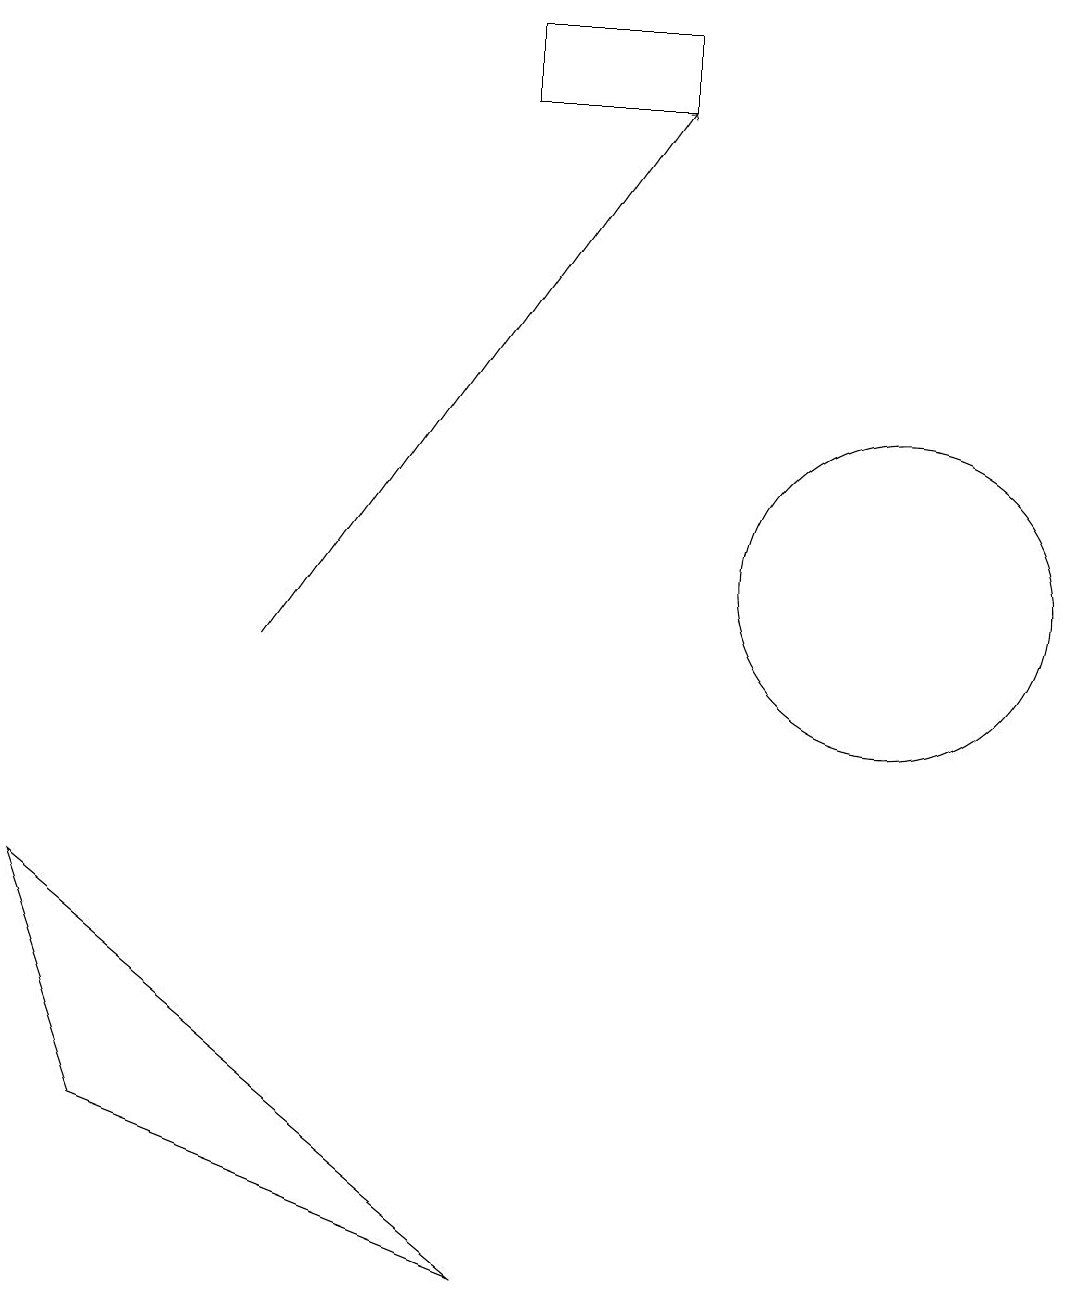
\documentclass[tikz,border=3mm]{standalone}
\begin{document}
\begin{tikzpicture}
\draw (7,18) rectangle (9,17);
\draw[->] (4,10) -- (9,17);
\draw (2,4) -- (7,2) -- (1,7) -- cycle;
\draw (12,11) circle (2);
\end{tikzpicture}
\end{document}